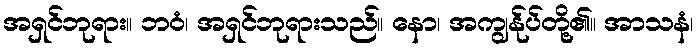
အရှင်ဘုရား။ ဘဝံ၊ အရှင်ဘုရားသည်။ နော၊ အကျွန်ုပ်တို့၏။ အာသနံ၊